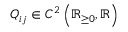
Q _ { i j } \in C ^ { 2 } \left( \mathbb { R } _ { \ge 0 } , \mathbb { R } \right)